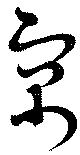
寓